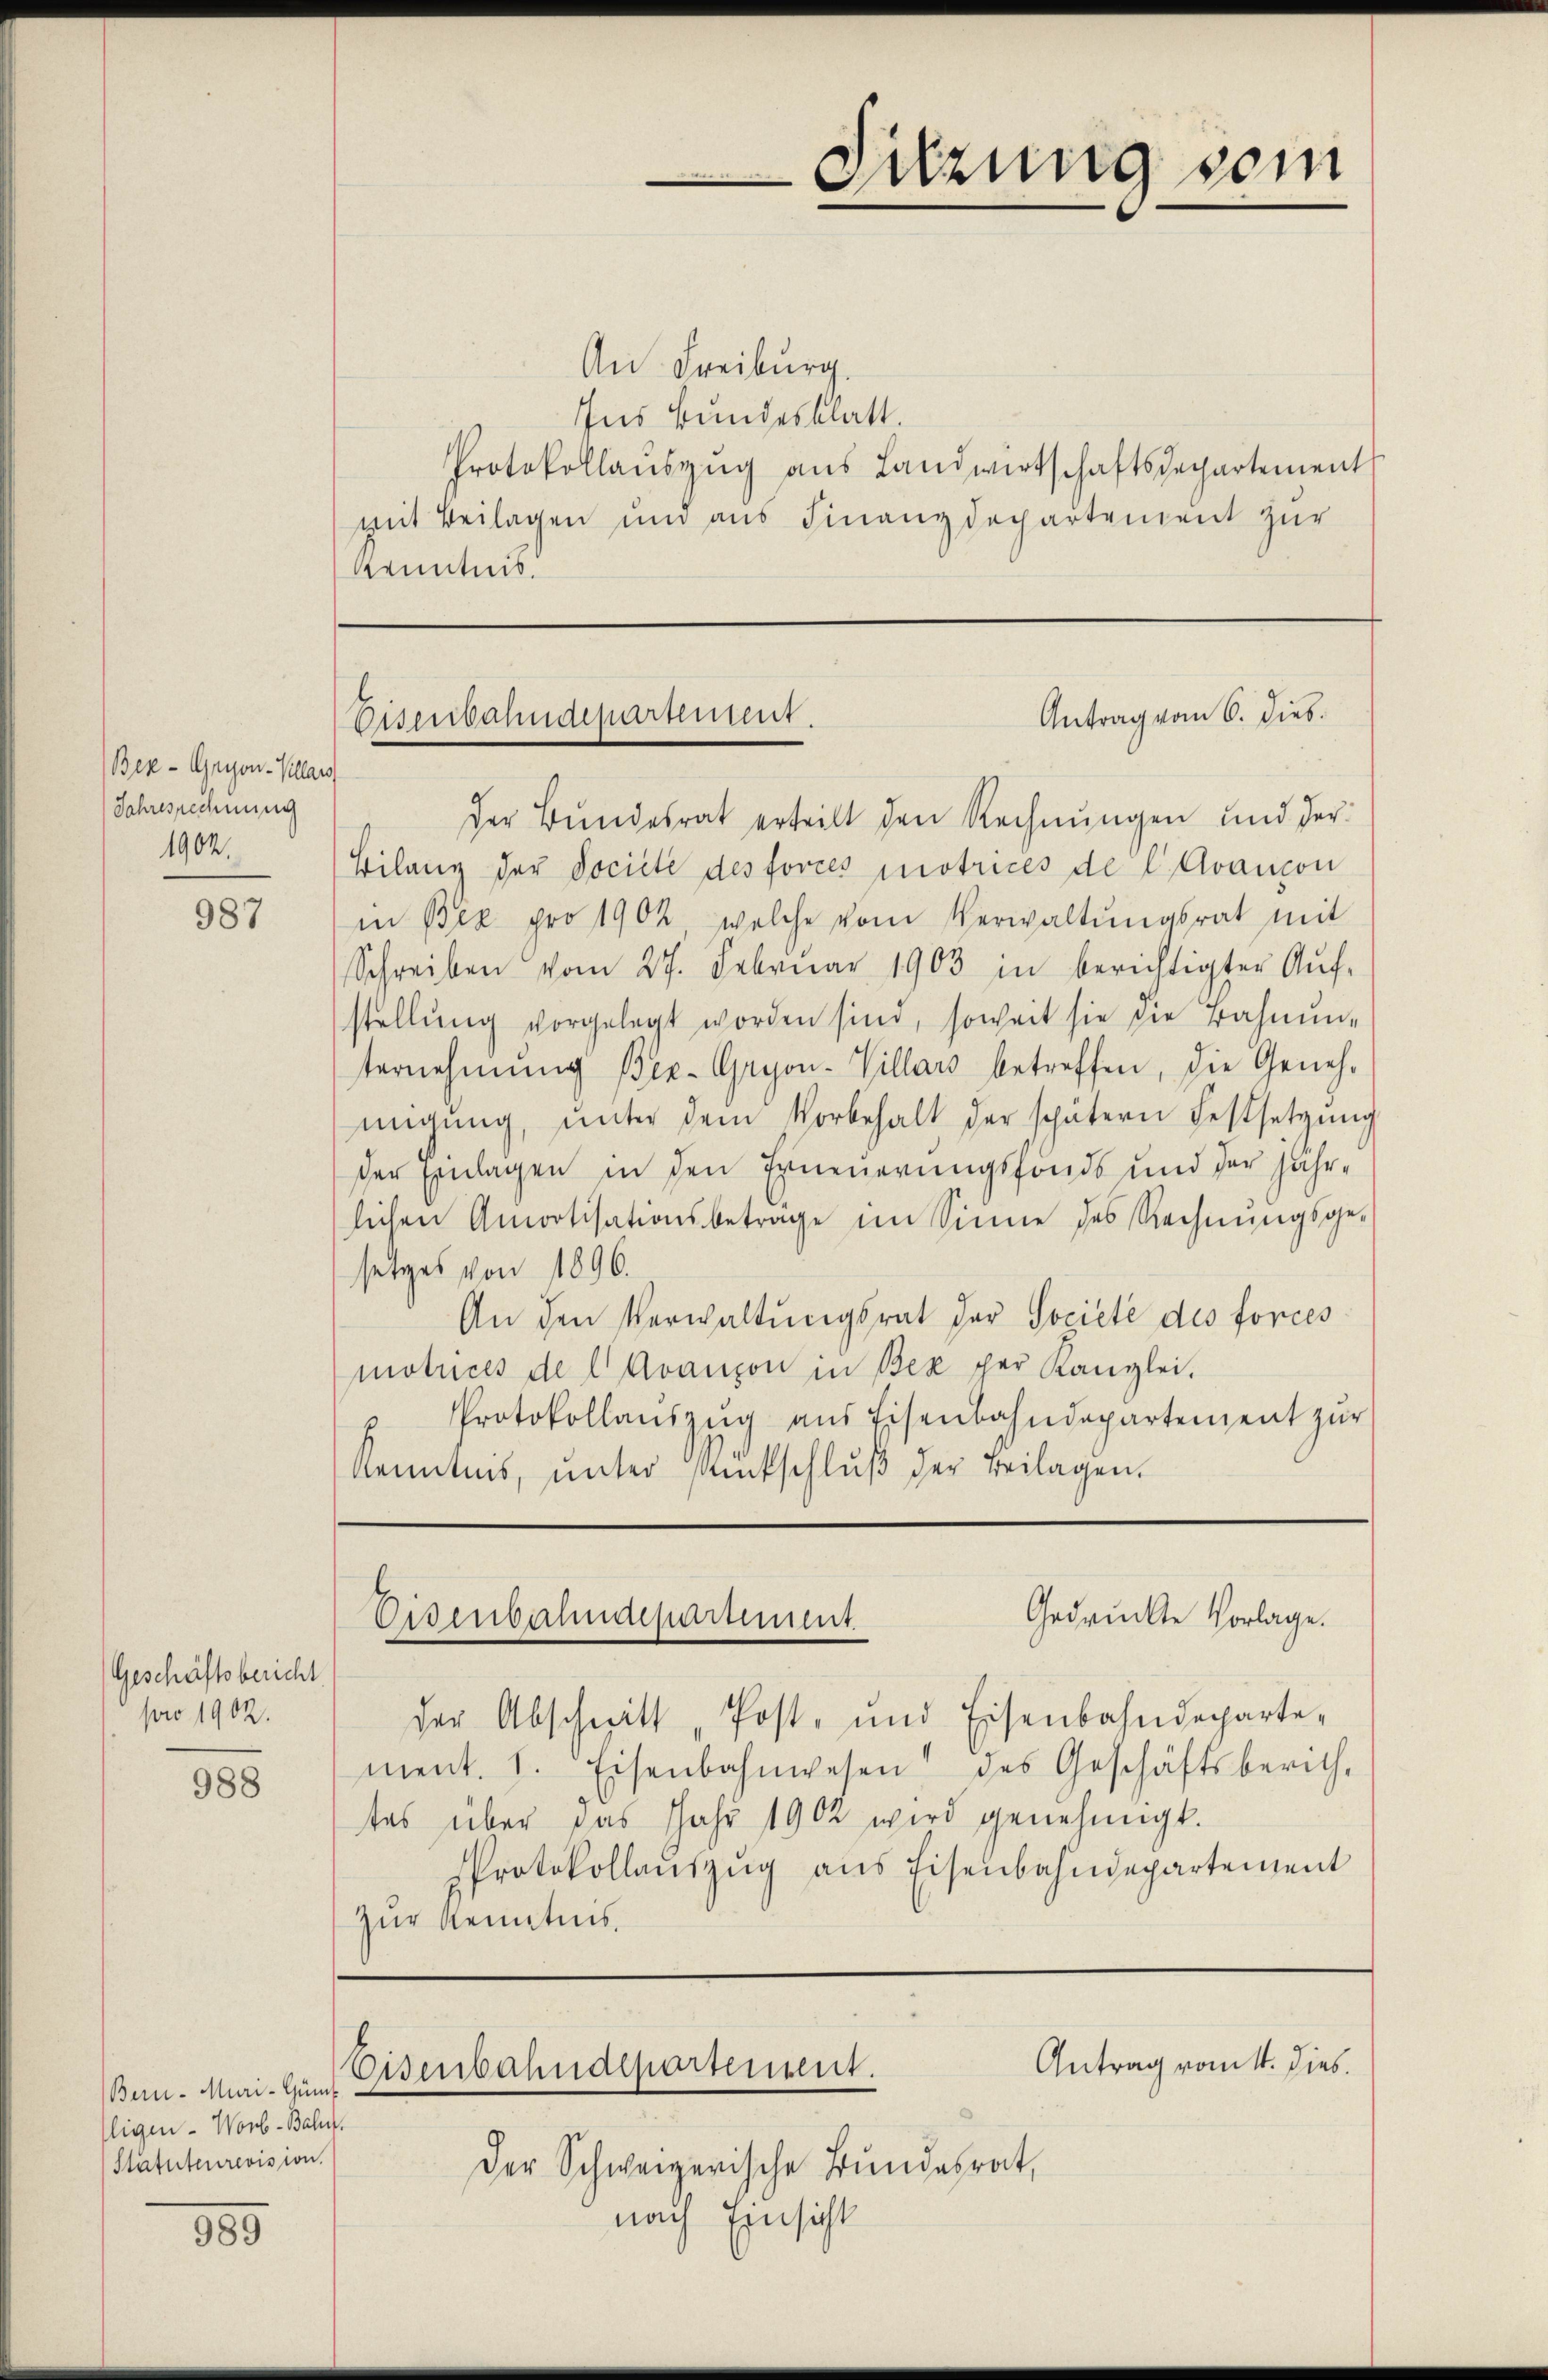
Bek - Gryon-Kllars
Jahresrechnung
1902.

987

Geschäftsbericht
pro 1902.

988

Bern. Muri-Günt
ligen. Worb-Bahn.
Statuteurevision.

989

An Freiburg
Ins Bundesblatt.
Protokollaŭszŭg aŭs Landwirtschaftsdepartement
mit Beilagen und aus Finanzdepartement zur
Kenntnis.

der Bundesrat erteilt den Rechnungen und der
Bilanz der Société des forces matrices de l. Avancon
in Bex pro 1902, welche vom Verwaltŭngsrat mit
Schreiben vom 27. Februar 1903 in berichtigter Aŭf-
stellŭng vorgelegt worden sind, soweit sie die Bahnen-
ternehmung Ber-Gryon-Villars betreffen, die Geneh-
migŭng ŭnter dem Vorbehalt der spätern Festsetzŭng
der Einlagen in den Erneuerungsfonds und der jährlichen Amortisationsbetrage im Sinne des Rechnŭngsge-
setzes von 1896.
An den Verwaltungsrat der Societé des forces
motuces de l Avanson in Bex par Kanzlei.
u Protokollaŭszŭg ans Eisenbahndepartement zŭr
Kenntnis, unter Rückschluß der Beilagen.

der Abschritt „Post- und Eisenbahndeparte-
ment. 1. Eisenbahnwesen des Geschäftsberich-
tes über das Jahr 1902 wird genehmigt.
Protokollaŭszŭg ans Eisenbahndepartement
zur Kenntnis.

Der Schweizerische Bundesrat,
nach Einsicht

Sitzung sein

Antrag vom 6. Dieb.
Eisenbahndepartement.

Gedruckte Vorlage.
Eisenbahndepartement

Antrag vom 1. Dies
Eisenbahndepartement.